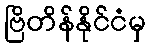
ဗြိတိန်နိုင်ငံမှ